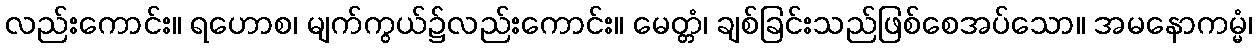
လည်းကောင်း။ ရဟောစ၊ မျက်ကွယ်၌လည်းကောင်း။ မေတ္တံ၊ ချစ်ခြင်းသည်ဖြစ်စေအပ်သော။ အမနောကမ္မံ၊